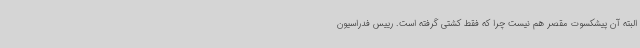
البته آن پیشکسوت مقصر هم نیست چرا که فقط کشتی گرفته است. رییس فدراسیون